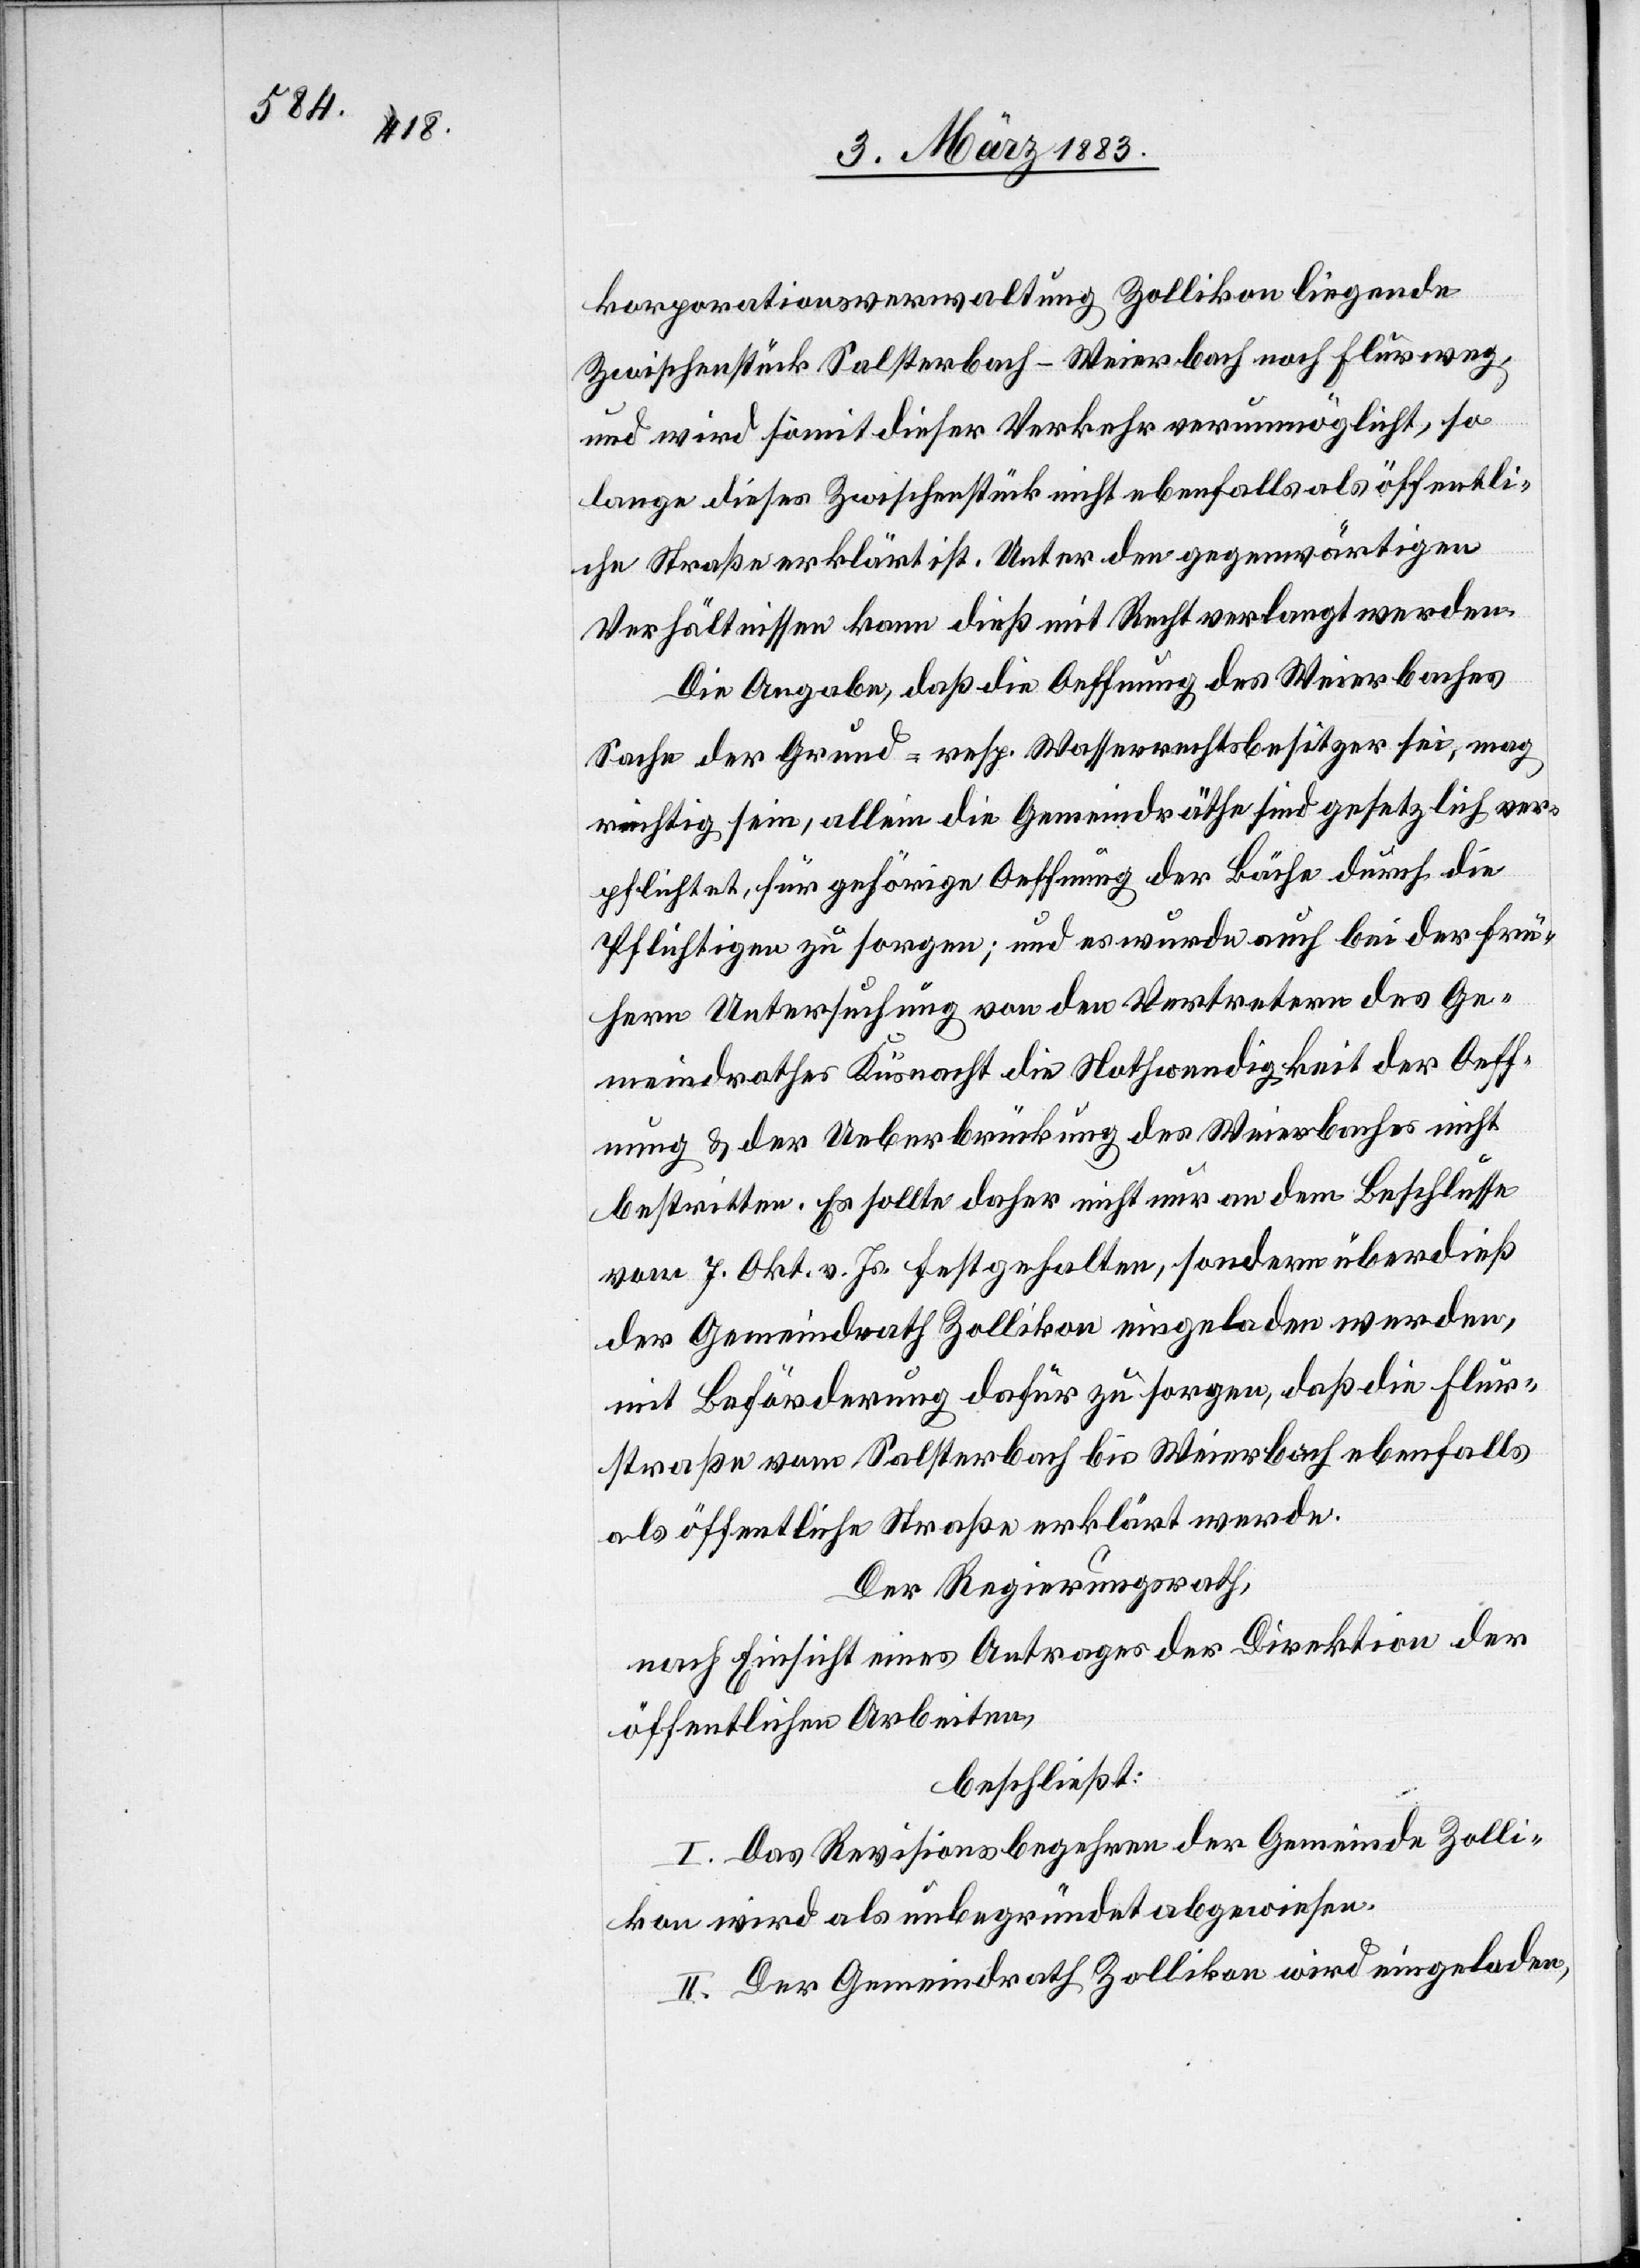
korporationsverwaltung Zollikon liegende
Zwischenstück Salsterbach–Weierbach noch Flurweg,
und wird somit dieser Verkehr verunmöglicht, so¬
lange dieses Zwischenstück nicht ebenfalls als öffentli¬
che Straße erklärt ist. Unter den gegenwärtigen
Verhältnissen kann dieß mit Recht verlangt werden.
Die Angabe, daß die Oeffnung des Weierbaches
Sache der Grund- resp. Wasserrechtsbesitzer sei, mag
richtig sein, allein die Gemeindräthe sind gesetzlich ver¬
pflichtet, für gehörige Oeffnung der Bäche durch die
Pflichtigen zu sorgen; und es wurde auch bei der frü¬
hern Untersuchung von den Vertretern des Ge¬
meindrathes Küsnacht die Nothwendigkeit der Oeff¬
nung & der Ueberbrückung des Weierbaches nicht
bestritten. Es sollte daher nicht nur an dem Beschlusse
vom 7. Okt. v. Js. festgehalten, sondern überdieß
der Gemeindrath Zollikon eingeladen werden,
mit Beförderung dafür zu sorgen, daß die Flur¬
straße vom Salsterbach bis Weierbach ebenfalls
als öffentliche Straße erklärt werde.
Der Regierungsrath,
nach Einsicht eines Antrages der Direktion der
öffentlichen Arbeiten,
beschließt:
I. Das Revisionsgesuch der Gemeinde Zolli¬
kon wird als unbegründet abgewiesen.
II. Der Gemeindrath Zollikon wird eingeladen,